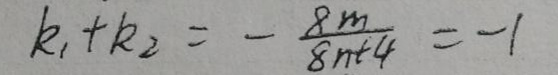
\[
k_{1}+k_{2}=-\frac{8m}{8m + 4}=-1
\]